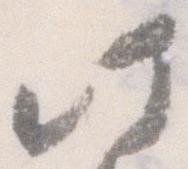
此